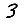
Digit: 3